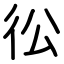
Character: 彸